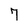
Character: 7